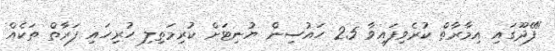
"ފޭދޫގައި އިމާރާތް ކުރެވިފައިވާ 25 ހައުސިން ޔުނިޓަށް ކުރިމަތިލި ހުރިހައި ފަރާތް ތަކެއް